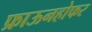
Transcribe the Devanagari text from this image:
फ्राऊनहोफर